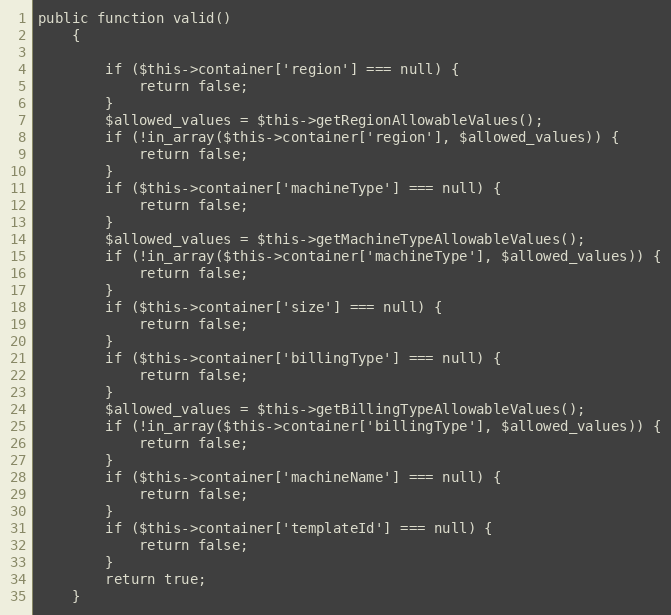
Language: PHP
public function valid()
    {

        if ($this->container['region'] === null) {
            return false;
        }
        $allowed_values = $this->getRegionAllowableValues();
        if (!in_array($this->container['region'], $allowed_values)) {
            return false;
        }
        if ($this->container['machineType'] === null) {
            return false;
        }
        $allowed_values = $this->getMachineTypeAllowableValues();
        if (!in_array($this->container['machineType'], $allowed_values)) {
            return false;
        }
        if ($this->container['size'] === null) {
            return false;
        }
        if ($this->container['billingType'] === null) {
            return false;
        }
        $allowed_values = $this->getBillingTypeAllowableValues();
        if (!in_array($this->container['billingType'], $allowed_values)) {
            return false;
        }
        if ($this->container['machineName'] === null) {
            return false;
        }
        if ($this->container['templateId'] === null) {
            return false;
        }
        return true;
    }